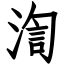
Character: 渹